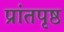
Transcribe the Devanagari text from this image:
प्रांतपृष्ठ